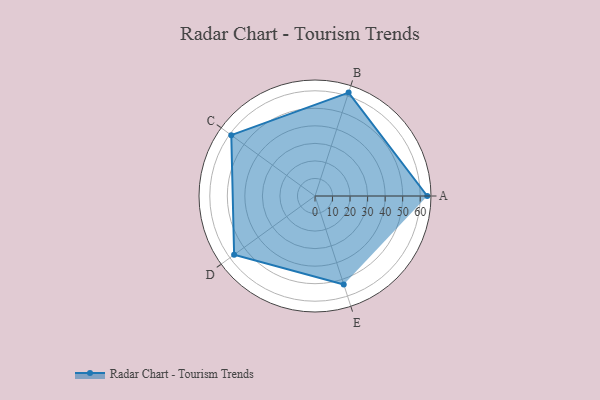
{"axis": {"x": "Skill", "y": "Score"}, "legend": ["Profile"], "data": [{"x": "A", "y": 64.0, "type": "Profile"}, {"x": "B", "y": 62.0, "type": "Profile"}, {"x": "C", "y": 59.0, "type": "Profile"}, {"x": "D", "y": 57.0, "type": "Profile"}, {"x": "E", "y": 53.0, "type": "Profile"}]}